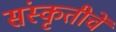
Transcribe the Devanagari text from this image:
संस्कृतीचें